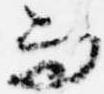
而